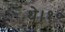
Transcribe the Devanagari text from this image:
थे।१०